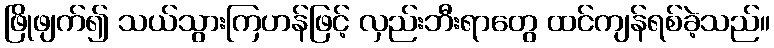
ဖြိုဖျက်၍ သယ်သွားကြဟန်ဖြင့် လှည်းဘီးရာတွေ ထင်ကျန်ရစ်ခဲ့သည်။